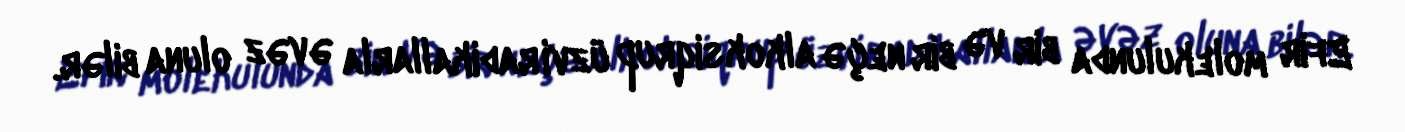
Efir molekulunda bir və bir neçə alkoksiqrup üzvi radikallarla əvəz oluna bilər.